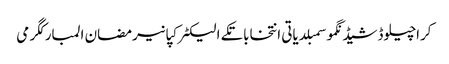
کراچیلوڈشیڈنگموسمبلدیاتی انتخاباتکے الیکٹرکپانیرمضان المبارکگرمی